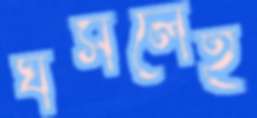
ঘসলেই